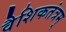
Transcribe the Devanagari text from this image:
वैशिकतंत्रम्